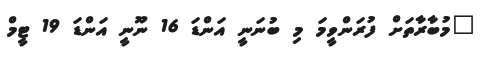
"މުބާރާތަށް ފުރަންވީމަ މި ބުނަނީ އަންޑަ 16 ނޫނީ އަންޑަ 19 ޓީމް